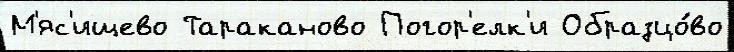
М'яс'ищево Тараканово Погор'елк'и Образцо́во